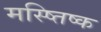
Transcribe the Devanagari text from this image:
मस्ष्तिष्क